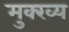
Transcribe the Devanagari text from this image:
मुक्ख्य